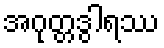
အဂုတ္တဒွါရဿ